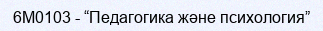
6М0103 - “Педагогика және психология”